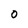
Character: O